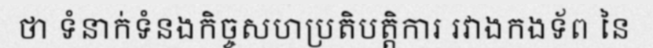
ថា ទំនាក់ទំនងកិច្ចសហប្រតិបត្តិការ រវាងកងទ័ព នៃ